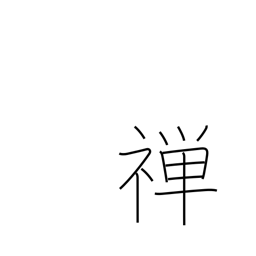
Meaning: silent meditation